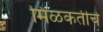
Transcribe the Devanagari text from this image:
मिळकतीचे